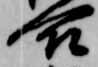
合